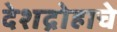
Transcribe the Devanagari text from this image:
देशद्रोहाचे